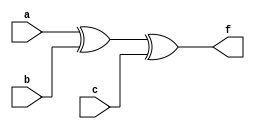
// John Hubbard, 25 Sep 2014
// Book example to get ModelSim up and running

module xor3(a,b,c,f);
    input a,b,c ;
    output f ;
    assign f = a ^ b ^ c ;
endmodule